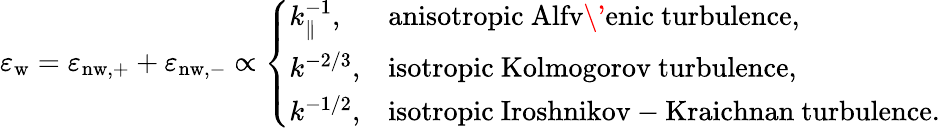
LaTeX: \varepsilon_{\mathrm{w}}=\varepsilon_{\mathrm{n{w},+}}+\varepsilon_{\mathrm{n{w},-}}\propto\left\{ \begin{array}{ll}{k_{\parallel}^{-1},}&{\mathrm{anisotropic~Alfv\' enic~turbulence},}\\ {k^{-2/3},}&{\mathrm{isotropic~Kolmogorov~turbulence},}\\ {k^{-1/2},}&{\mathrm{isotropic~Iroshnikov-Kraichnan~turbulence}.}\end{array}\right.